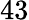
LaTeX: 43